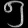
Digit: ၅